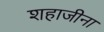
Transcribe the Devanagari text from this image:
शहाजीना